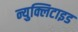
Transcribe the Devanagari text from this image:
न्युक्लिटाइड